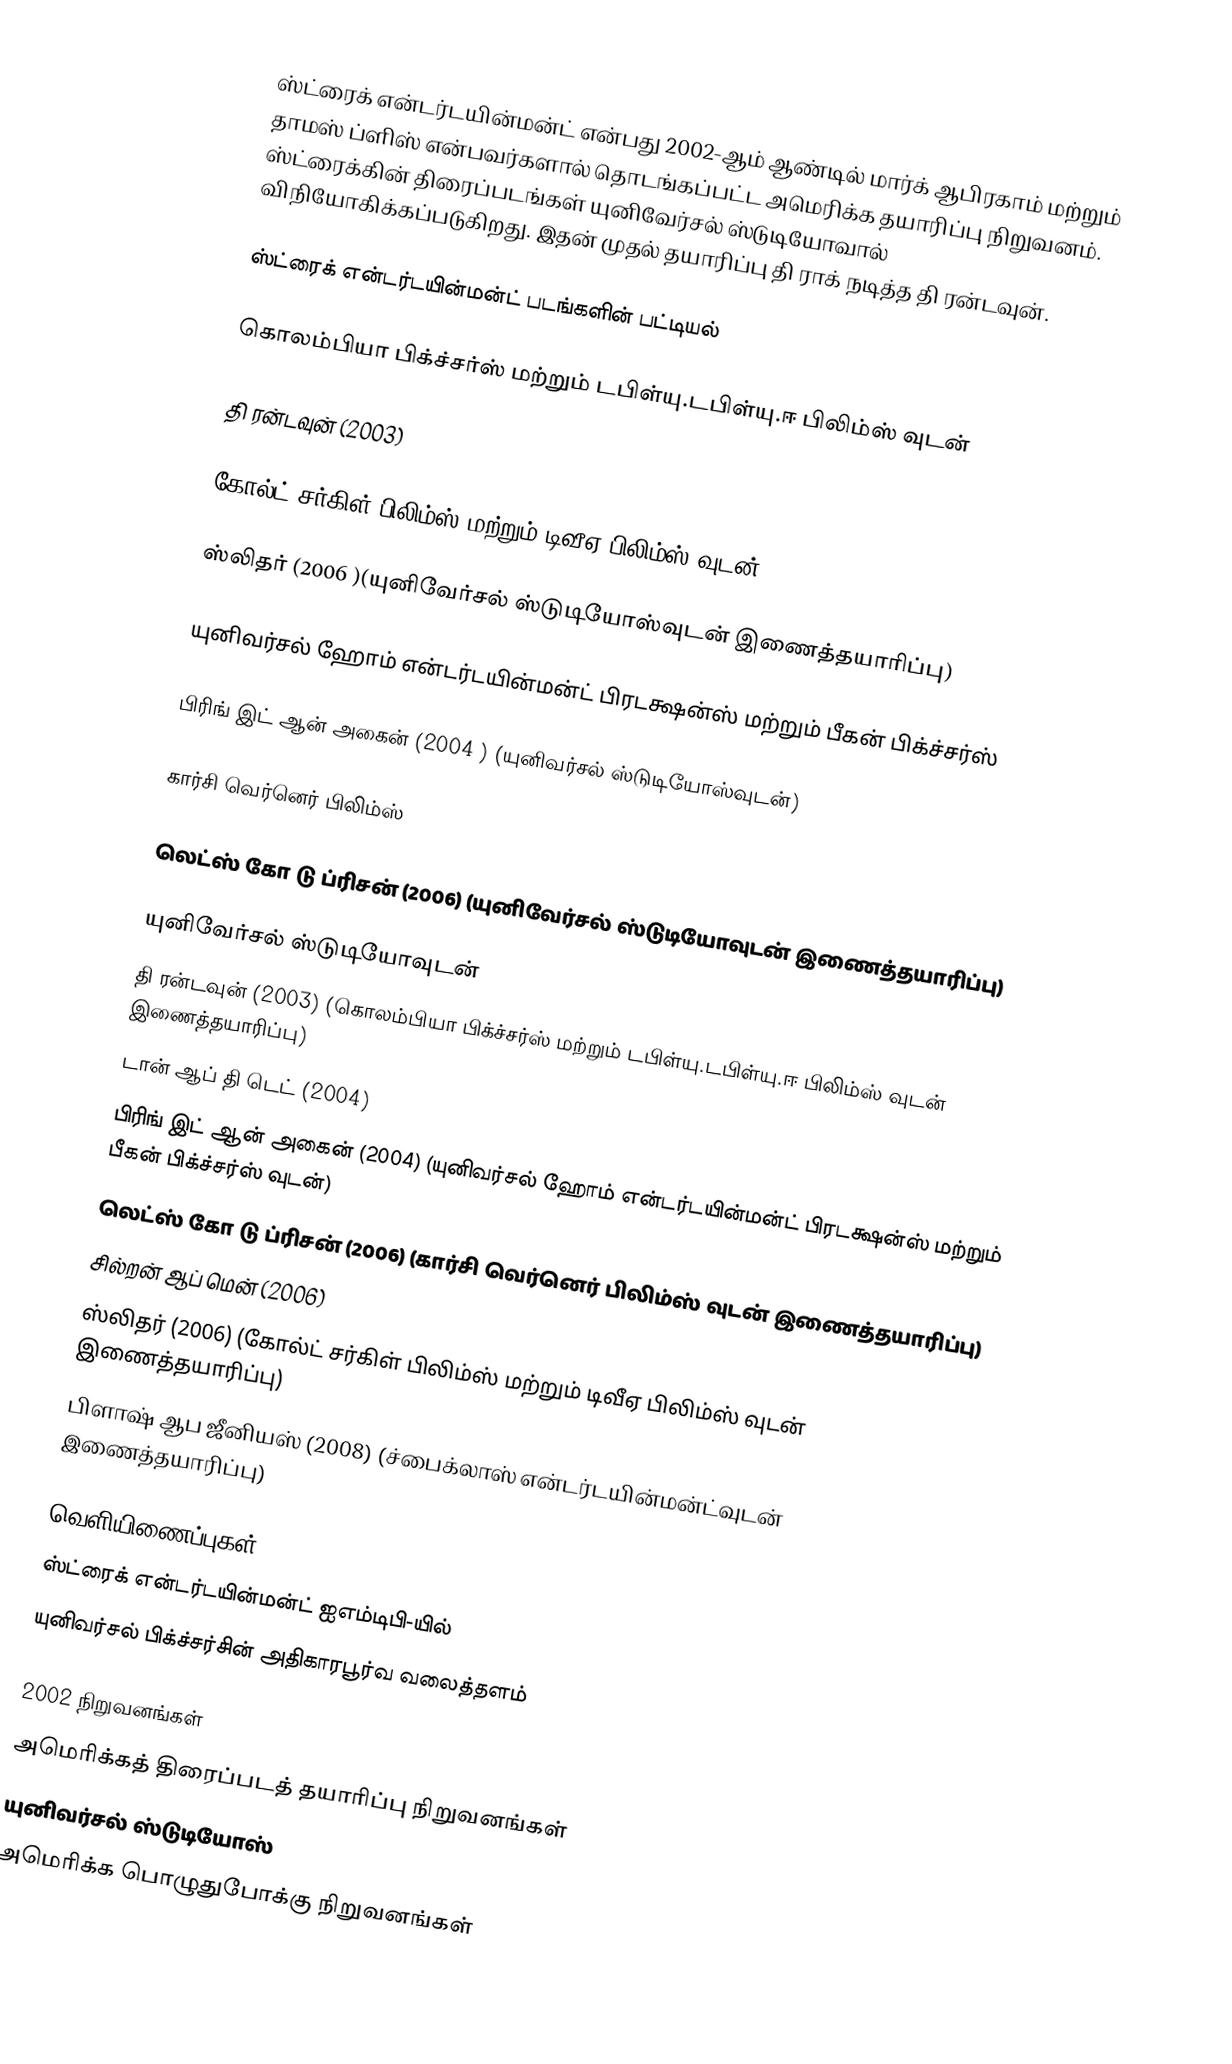
ஸ்ட்ரைக் என்டர்டயின்மன்ட் என்பது 2002-ஆம் ஆண்டில் மார்க் ஆபிரகாம் மற்றும் தாமஸ் ப்ளிஸ் என்பவர்களால் தொடங்கப்பட்ட அமெரிக்க தயாரிப்பு நிறுவனம். ஸ்ட்ரைக்கின் திரைப்படங்கள் யுனிவேர்சல் ஸ்டுடியோவால் விநியோகிக்கப்படுகிறது. இதன் முதல் தயாரிப்பு தி ராக் நடித்த தி ரன்டவுன்.

ஸ்ட்ரைக் என்டர்டயின்மன்ட் படங்களின் பட்டியல்

கொலம்பியா பிக்ச்சர்ஸ் மற்றும் டபிள்யு.டபிள்யு.ஈ பிலிம்ஸ் வுடன்

தி ரன்டவுன் (2003)

கோல்ட் சர்கிள் பிலிம்ஸ் மற்றும் டிவீஏ பிலிம்ஸ் வுடன்

ஸ்லிதர் (2006 )(யுனிவேர்சல் ஸ்டுடியோஸ்வுடன் இணைத்தயாரிப்பு)

யுனிவர்சல் ஹோம் என்டர்டயின்மன்ட் பிரடக்ஷன்ஸ் மற்றும் பீகன் பிக்ச்சர்ஸ்

பிரிங் இட் ஆன் அகைன் (2004 ) (யுனிவர்சல் ஸ்டுடியோஸ்வுடன்)

கார்சி வெர்னெர் பிலிம்ஸ்

லெட்ஸ் கோ டு ப்ரிசன் (2006) (யுனிவேர்சல் ஸ்டுடியோவுடன் இணைத்தயாரிப்பு)

யுனிவேர்சல் ஸ்டுடியோவுடன்
தி ரன்டவுன் (2003) (கொலம்பியா பிக்ச்சர்ஸ் மற்றும் டபிள்யு.டபிள்யு.ஈ பிலிம்ஸ் வுடன் இணைத்தயாரிப்பு)
டான் ஆப்  தி டெட் (2004)
பிரிங் இட் ஆன் அகைன் (2004) (யுனிவர்சல் ஹோம் என்டர்டயின்மன்ட் பிரடக்ஷன்ஸ் மற்றும் பீகன் பிக்ச்சர்ஸ் வுடன்)
லெட்ஸ் கோ டு ப்ரிசன் (2006) (கார்சி வெர்னெர் பிலிம்ஸ் வுடன் இணைத்தயாரிப்பு)
சில்றன் ஆப் மென் (2006)
ஸ்லிதர் (2006) (கோல்ட் சர்கிள் பிலிம்ஸ் மற்றும் டிவீஏ பிலிம்ஸ் வுடன் இணைத்தயாரிப்பு)
பிளாஷ் ஆப ஜீனியஸ் (2008) (ச்பைக்லாஸ் என்டர்டயின்மன்ட்வுடன் இணைத்தயாரிப்பு)

வெளியிணைப்புகள்
ஸ்ட்ரைக் என்டர்டயின்மன்ட் ஐஎம்டிபி-யில்
யுனிவர்சல் பிக்ச்சர்சின் அதிகாரபூர்வ வலைத்தளம்

2002 நிறுவனங்கள்
அமெரிக்கத் திரைப்படத் தயாரிப்பு நிறுவனங்கள்
யுனிவர்சல் ஸ்டுடியோஸ்
அமெரிக்க பொழுதுபோக்கு நிறுவனங்கள்